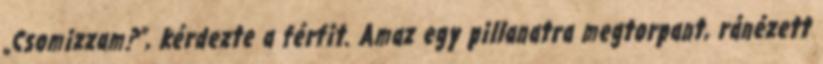
„Csomizzam?”, kérdezte a férfit. Amaz egy pillanatra megtorpant, ránézett